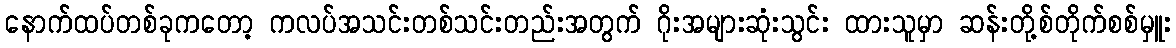
နောက်ထပ်တစ်ခုကတော့ ကလပ်အသင်းတစ်သင်းတည်းအတွက် ဂိုးအများဆုံးသွင်း ထားသူမှာ ဆန်းတို့စ်တိုက်စစ်မှူး